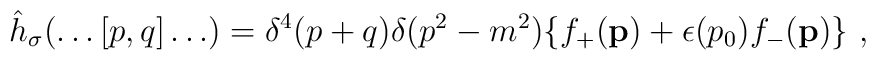
{\hat h}_\sigma (\ldots [p,q] \ldots) = \delta^4 (p+q) \delta (p^2 - m^2)\{ f_+	({\bf p}) + \epsilon (p_0) f_- ({\bf p}) \}			\ ,